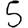
Digit: 5